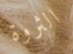
الثروة